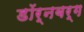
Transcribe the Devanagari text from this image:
डॉर्नबर्ग